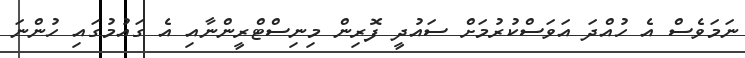
ނަމަވެސް އެ ހުއްދަ އަވަސްކުރުމަށް ސައުދީ ފޮރިން މިނިސްޓްރީންނާއި އެ ގައުމުގައި ހުންނަ